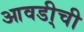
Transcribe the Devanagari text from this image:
आवडी्ची